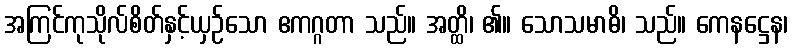
အကြင်ကုသိုလ်စိတ်နှင့်ယှဉ်သော ဧကဂ္ဂတာ သည်။ အတ္ထိ၊ ၏။ သောသမာဓိ၊ သည်။ ကေနဋ္ဌေန၊